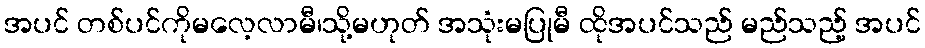
အပင် တစ်ပင်ကိုမလေ့လာမီ၊သို့မဟုတ် အသုံးမပြုမီ ထိုအပင်သည် မည်သည့် အပင်